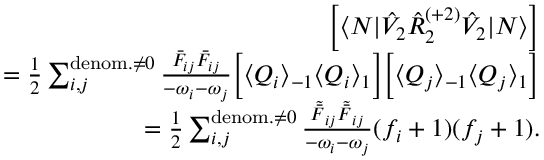
\begin{array} { r l r } & { } & { \left[ \langle N | \hat { V } _ { 2 } \hat { R } _ { 2 } ^ { ( + 2 ) } \hat { V } _ { 2 } | N \rangle \right] } \\ & { } & { = \frac { 1 } { 2 } \sum _ { i , j } ^ { { \mathrm { d e n o m . } \neq 0 } } \frac { \bar { F } _ { i j } \bar { F } _ { i j } } { - \omega _ { i } - \omega _ { j } } \Big [ \langle Q _ { i } \rangle _ { - 1 } \langle Q _ { i } \rangle _ { 1 } \Big ] \Big [ \langle Q _ { j } \rangle _ { - 1 } \langle Q _ { j } \rangle _ { 1 } \Big ] } \\ & { } & { = \frac { 1 } { 2 } \sum _ { i , j } ^ { { \mathrm { d e n o m . } \neq 0 } } \frac { \tilde { \bar { F } } _ { i j } \tilde { \bar { F } } _ { i j } } { - \omega _ { i } - \omega _ { j } } ( f _ { i } + 1 ) ( f _ { j } + 1 ) . } \end{array}